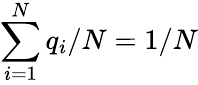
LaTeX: \sum_{i=1}^{N}q_{i}/N=1/N